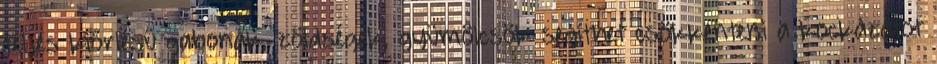
teljes kiőrlésű gabonák, zöldségek, gyümölcsök segíthet csökkenteni a kockázatot